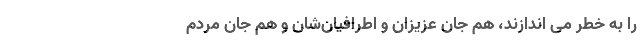
را به خطر می اندازند، هم جان عزیزان و اطرافیان‌شان و هم جان مردم‌